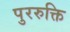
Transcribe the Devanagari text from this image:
पुररुक्ति